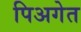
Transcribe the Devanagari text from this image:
पिअगेत